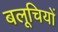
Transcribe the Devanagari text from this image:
बलूचियों